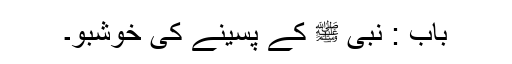
باب : نبی ﷺ کے پسینے کی خوشبو۔